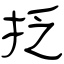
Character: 抸